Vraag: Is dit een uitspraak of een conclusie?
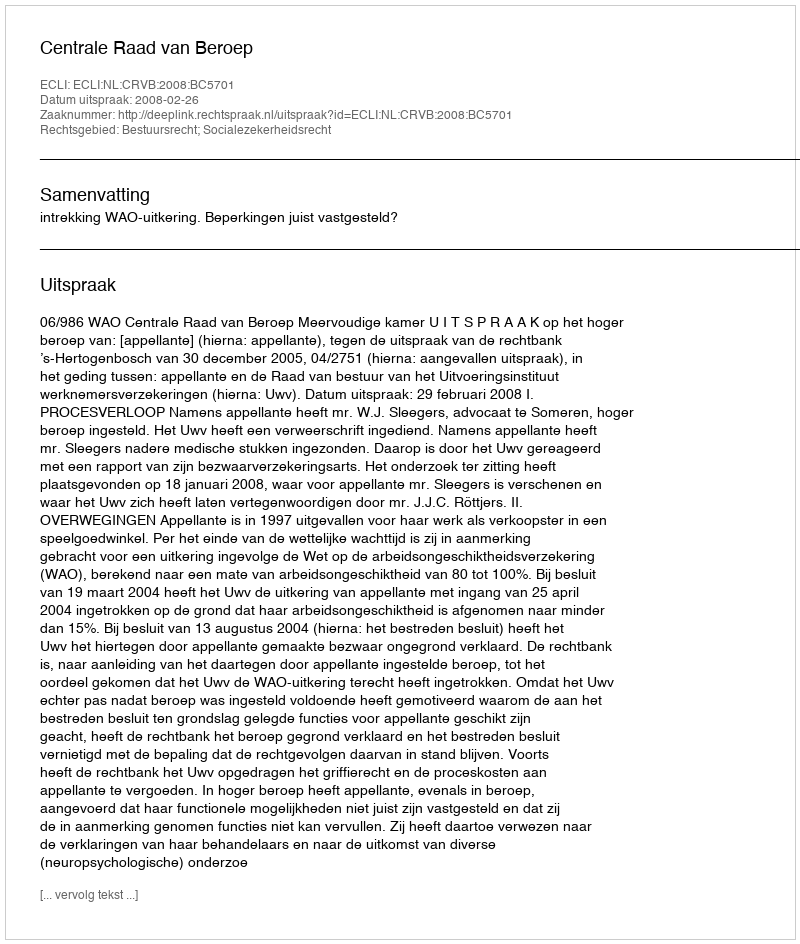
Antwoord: Uitspraak